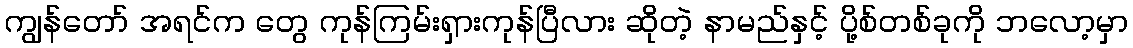
ကျွန်တော် အရင်က တွေ ကုန်ကြမ်းရှားကုန်ပြီလား ဆိုတဲ့ နာမည်နှင့် ပို့စ်တစ်ခုကို ဘလော့မှာ